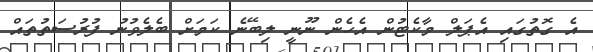
އެ ގޮތުގައި އެޕަލް މާކެޓުން އެހެން ނޫނީ ލިބޭނެ ކަމަށް ބެލެވުނު ފުރުސަތުތައް